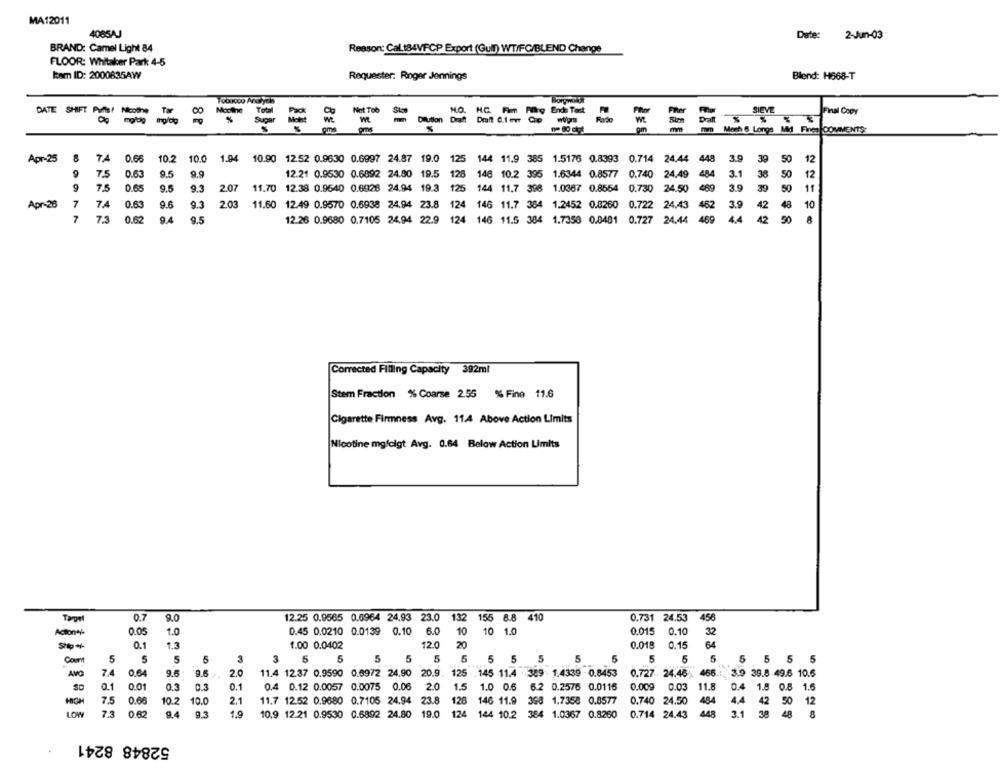
MA12011
4085AJ
Date: 2-Jun-03
BRAND: Camel Light 84
Reason: Cal 184VFCP Export (Gull) WT/FC/BLEND Change
FLOOR: Whitaker Park 4-5
kam ID: 2000835AW
Requester: Roger Jennings
Blend: H668-T
DATE SHIFT Puis! Nicothe THE
Mocthe
Total
Not Tob
M.O. M.C. Fim Ffing Ende Tod
mal Coor
%
Sugar
pm
Mach 6 Longs Md Fines COMMENTS:
Apr-25
8
74
0.66
10.2 10.0
1.94 10.90 12.52 0.9630 0.6997 24.87 19.0 125 144 11.9 385 1.5176 0.8393 0.714 24,44 448
3.9
39
50
12
7,5
0.63
9.5
12.21 0.9530 0.6892 24.80 19.5 128 146 10.2 395 1.6344 0.8577 0.740 24.49 484
3.1
38
50
12
7.5
0.65
9.5
9.3
2.07
11.70 12.38 0.9540 0.6828 24.94 19.3 125 144 11.7 398 1.0367 0.8554 0.730 24.50
489
3.9
39
50
11
Apr-26
7
74
0.63
9.6
9.3
2.03
11.60 12.49 0.9570 0.6938 24.94 23.8 124 146 11.7 384 1.2452 0.8260 0.722 24.43 462
3.9
42
48
10
7
7.3
0.62
9.4
9.5
12.26 0.9680 0.7105 24.94 22.9 124 146 11.5 384 1.7350 0.0481 0.727 24.44 469
4,4
42
50
Corrected Filling Capacity 392ml
Stem Fraction % Coarse 2.55 % Fino 11.6
Cigarette Firmness Avg. 11.4 Above Action Limits
Nicotine mg/cigt Avg. 0.64 Below Action Limits
0.7
9.0
12.25 0.9565 0.0964 24,93 23.0 132 155 8.8 410
0.731 24.53
456
Aciones
0.05
1.0
0.45 0.0210 0.0139 0.10 6.0
10
10 1.0
0.015 0.10
32
0.
1.3
1.00 0.0402
12.0
20
0.018
0.15
64
Com
5
5
5
5
3
3
5
5
5 5 5
5
5 5
5
5
5
5
5
5
5 5 5 5
AVO
7.4
0.64
9.6
11.4 1237 0.9590 0.6972 24.90 20.9.
125 .145 11.4 . 389 1.4339 - 0.8453
0.727 24.46 466.1
3.9 39.8 .49.6 10.6
0.1
0.01
0.5
0.3
0.1
0.4 0.12 0.0057 0.0075 0.06
2.0
1.5
1.0 0.6
6.2 0.2576 0.0115
0.009
0.03
11.8
0.4
1.8 0.8 1.6
HOH
7,5
0.66
10.2
10.0
2.1
11.7 12.52 0.9680 0.7105 24.94 23.8
128
146 11.9 398 1.7358 0.8577
0.740 24.50
484
4.4
42
50
12
LOW
7.3
0.82
9.4
9.3
1,9
10.9 12.21 0.9530 0.6892 24.80
19.0
124
144 10.2
384 1.0367 0.8260
0.714 24.43
448
3.1
38
48
8
52848 8241